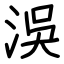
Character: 洖